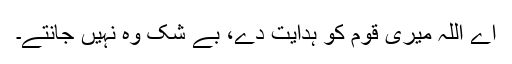
اے اللہ میری قوم کو ہدایت دے، بے شک وہ نہیں جانتے۔